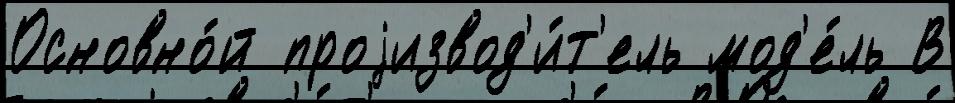
Основно́й проjизвод'и́т'ель мод'е́ль В